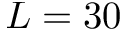
L = 3 0